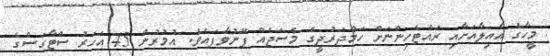
މީހާގެ އާއިލާއަށާއި ރައްޓެހިންނަށް ހަމްދަރުދީގެ މެސެޖެއް ފޮނުވާފައެވެ. އުމުރުން 45 އަހަރު ސްޓާގަސްގެ